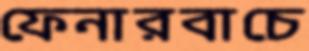
ফেনারবাচে